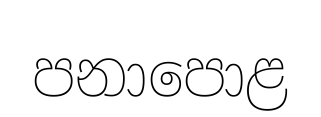
පනාපොළ